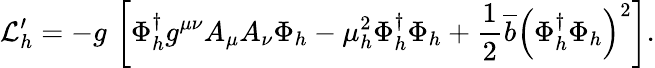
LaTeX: {\cal L}_{h}^{\prime}=-g\, \left[\Phi_{h}^{\dagger}g^{\mu\nu}A_{\mu}A_{\nu}\Phi_{h}-\mu_{h}^{2}\Phi_{h}^{\dagger}\Phi_{h}+\frac{1}{2}\overline{{{b}}}\left(\Phi_{h}^{\dagger}\Phi_{h}\right)^{2}\right].